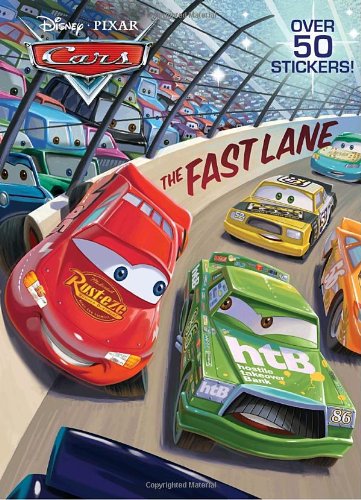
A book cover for The Fast Lane (Disney/Pixar Cars) (Super Coloring Book); Frank Berrios; Children's Books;